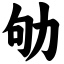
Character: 劬